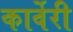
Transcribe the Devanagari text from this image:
कार्वेरी